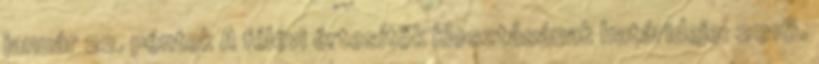
január 22. péntek A félévi értesítők kiosztásának határideje: 2016.